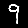
Digit: 9